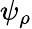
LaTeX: \psi_{\rho}